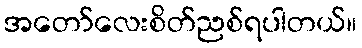
အတော်လေးစိတ်ညစ်ရပါတယ်။